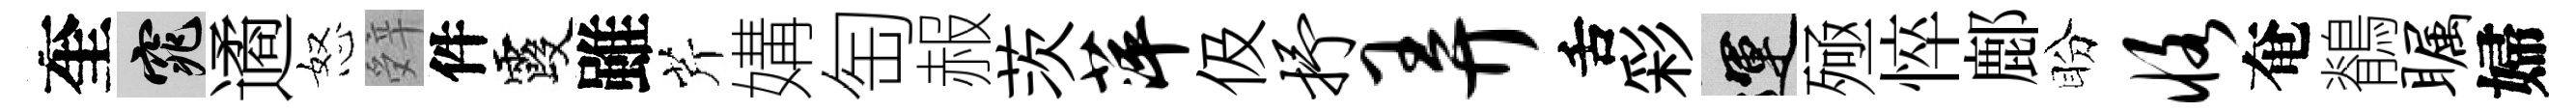
奎窕遹怒辤件霞雖芹媾匋赧茨萍伋抒弄舌彩運殛悴鄜盼恪奄鶺瞩婦